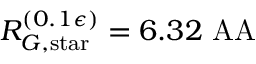
R _ { G , \mathrm { s t a r } } ^ { ( 0 . 1 \epsilon ) } = 6 . 3 2 \mathrm { \ A A }